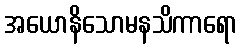
အယောနိသောမနသိကာရော